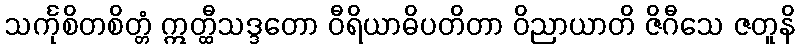
သင်္ကုစိတစိတ္တံ ဣတ္ထီသဒ္ဒတော ဝီရိယာဓိပတိတာ ဝိညာယာတိ ဇိဂီသေ ဇတူနိ